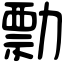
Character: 勡